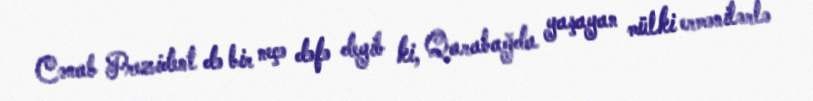
Cənab Prezident də bir neçə dəfə deyib ki, Qarabağda yaşayan mülki ermənilərlə